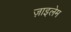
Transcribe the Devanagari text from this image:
ज़ाइलेम